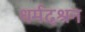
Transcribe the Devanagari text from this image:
धर्मदश्रन